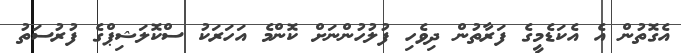
އެގޮތުން އެ އެކަޑެމީގެ ފަރާތުން ދިވެހި ފުލުހުންނަށް ކޮންމެ އަހަރަކު ސްކޮލަޝިޕްގެ ފުރުސަތު